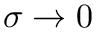
\sigma \rightarrow 0